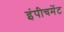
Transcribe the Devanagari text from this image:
इंपीचमेंट